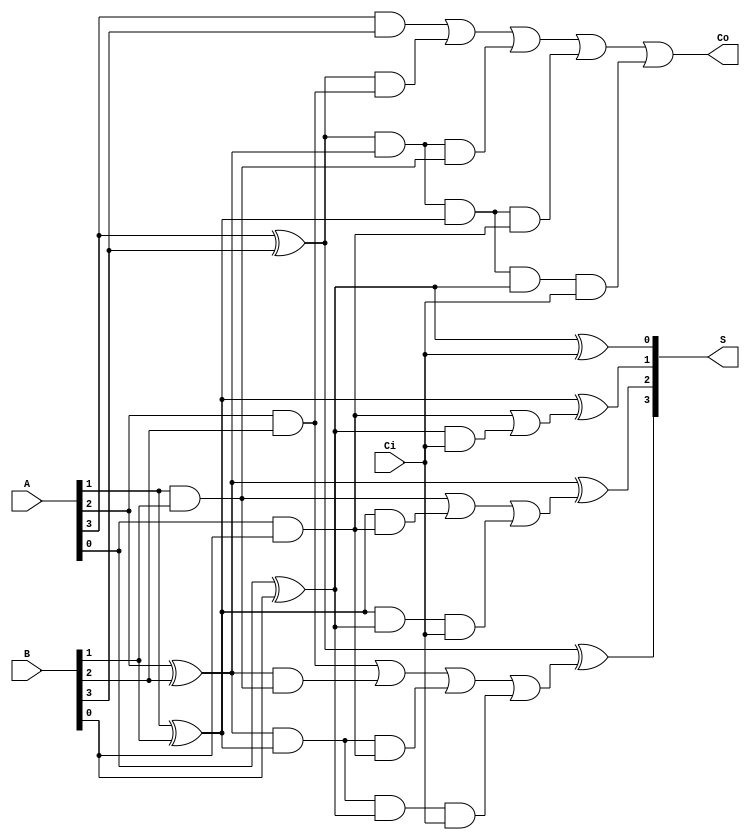
module _4bit_CLA_adder (A,B,Ci,S,Co);
    input [3:0] A,B;
    input Ci;
    output [3:0] S;
    output Co;
    wire [3:0] C;
    wire [3:0] G;
    wire [3:0] P;
    assign G[0] = A[0]&B[0];
    assign G[1] = A[1]&B[1];
    assign G[2] = A[2]&B[2];
    assign G[3] = A[3]&B[3];
    
    assign P[0] = A[0]^B[0];
    assign P[1] = A[1]^B[1];
    assign P[2] = A[2]^B[2];
    assign P[3] = A[3]^B[3];

    assign C[0] = G[0]|(P[0]&Ci);
/*    
    assign C[1] = G[1]|(P[1]&C[0]);
    assign C[2] = G[2]|(P[2]&C[1]);
    assign C[3] = G[3]|(P[3]&C[2]);
*/
   
    assign C[1] = G[1]|(P[1]&G[0])|(P[1]&P[0]&Ci);
    assign C[2] = G[2]|(P[2]&G[1])|(P[2]&P[1]&G[0])|(P[2]&P[1]&P[0]&Ci);
    assign C[3] = G[3]|(P[3]&G[2])|(P[3]&P[2]&G[1])|(P[3]&P[2]&P[1]&G[0])|(P[3]&P[2]&P[1]&P[0]&Ci);
    
    assign Co = C[3];

    assign S[0] = P[0]^Ci;
    assign S[1] = P[1]^C[0];
    assign S[2] = P[2]^C[1];
    assign S[3] = P[3]^C[2];

endmodule